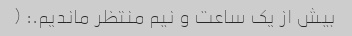
بیش از یک ساعت و نیم منتظر ماندیم.: (